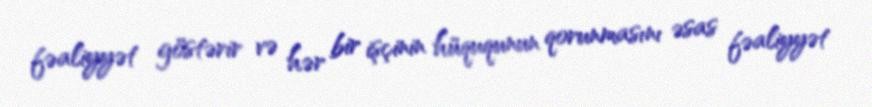
fəaliyyət göstərir və hər bir işçinin hüququnun qorunmasını əsas fəaliyyət